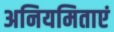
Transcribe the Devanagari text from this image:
अनियमिताएं